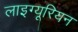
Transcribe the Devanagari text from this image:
लाइग्यूरियन